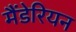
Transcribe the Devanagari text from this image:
मैंडेरियन